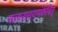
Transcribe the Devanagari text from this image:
सत्यनारायणंकेचित्